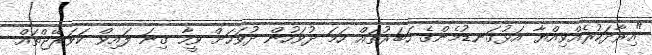
"އިރާދަކުރެއްވިއްޔާ އަޅުގަނޑުމެންގެ ހަބަރުތައް ހަމަ ދުވަހުން ދުވަހަށް ވީހާ ގިނަ ލައިވް ކަވަރޭޖްތައް